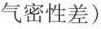
气密性差)